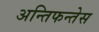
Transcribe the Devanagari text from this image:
अन्तिफन्तेस